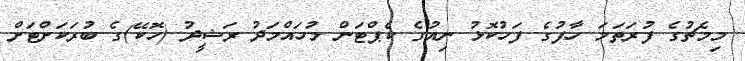
މިމެޗުގެ ފުރަތަމަ ހާފުގެ ފަހުކޮޅު ނިއުގެ ކެޕްޓަން މުހައްމަދު ރަޝީދު (ހޮކޭ)ގެ ބުރަކަށްޓަށް